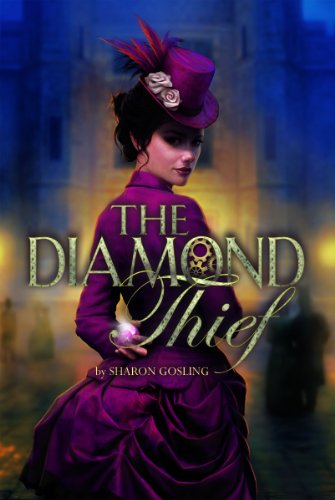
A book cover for The Diamond Thief; Sharon Gosling; Teen & Young Adult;